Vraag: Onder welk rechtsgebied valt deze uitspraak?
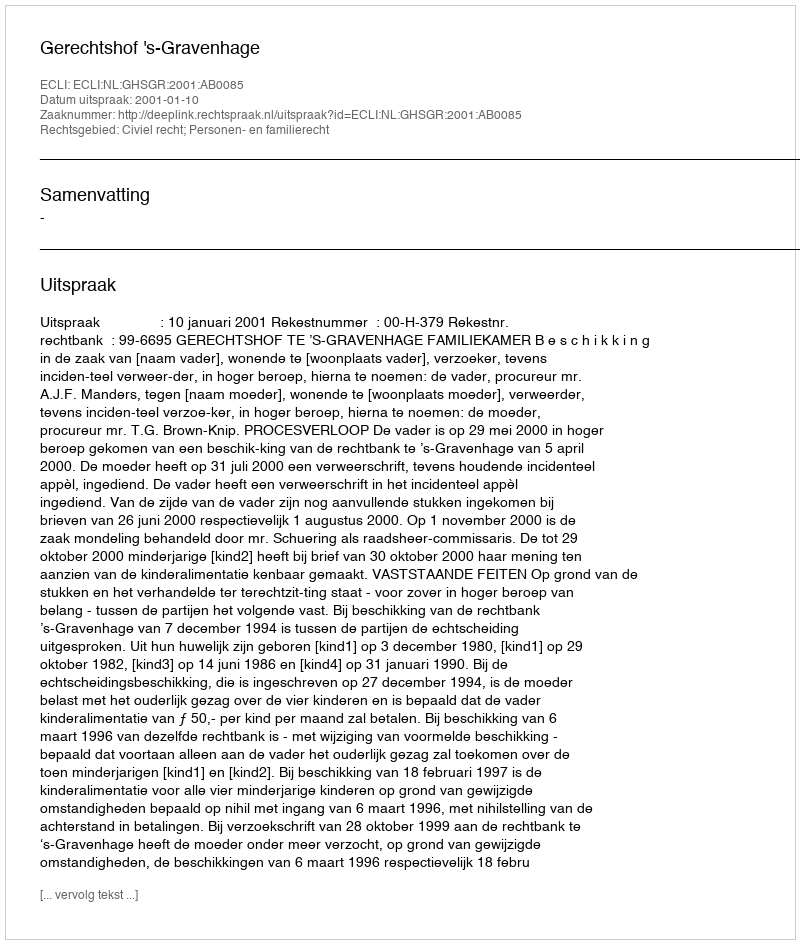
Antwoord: Civiel recht; Personen- en familierecht